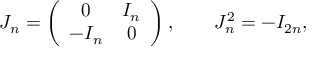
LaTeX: J _ { n } = \left( \begin{array} { c c } { { 0 } } & { { I _ { n } } } \\ { { - I _ { n } } } & { { 0 } } \end{array} \right) , \qquad J _ { n } ^ { 2 } = - I _ { 2 n } ,